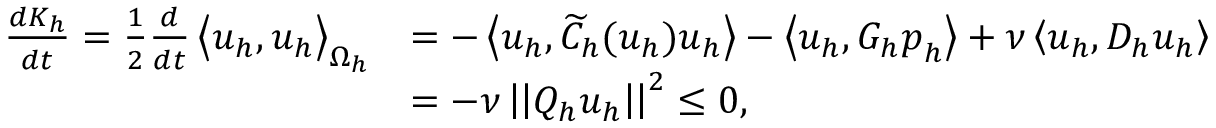
\begin{array} { r l } { \frac { d K _ { h } } { d t } = \frac { 1 } { 2 } \frac { d } { d t } \left< \boldsymbol { u } _ { h } , \boldsymbol { u } _ { h } \right> _ { \Omega _ { h } } } & { = - \left< \boldsymbol { u } _ { h } , \widetilde { C } _ { h } ( \boldsymbol { u } _ { h } ) \boldsymbol { u } _ { h } \right> - \left< \boldsymbol { u } _ { h } , G _ { h } \boldsymbol { p } _ { h } \right> + \nu \left< \boldsymbol { u } _ { h } , D _ { h } \boldsymbol { u } _ { h } \right> } \\ & { = - \nu \left| \left| Q _ { h } \boldsymbol { u } _ { h } \right| \right| ^ { 2 } \leq 0 , } \end{array}